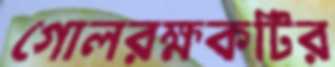
গোলরক্ষকটির